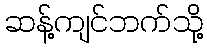
ဆန့်ကျင်ဘက်သို့